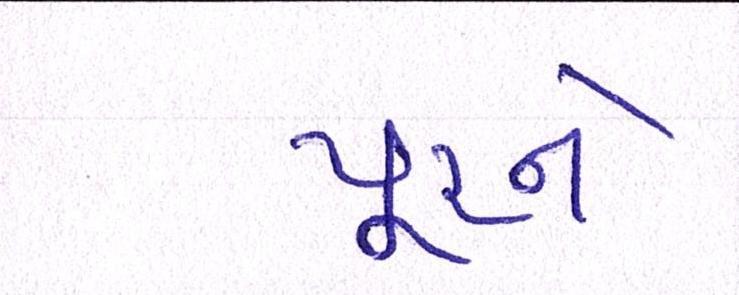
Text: પૂરને